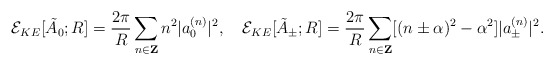
\begin{align*}{\cal E}_{KE}[\tilde{A}_0;R] =\frac{2\pi}{R}\sum_{n \in {\bf Z}}n^2|a_0^{(n)}|^2, \quad{\cal E}_{KE}[\tilde{A}_{\pm};R] =\frac{2\pi}{R}\sum_{n \in {\bf Z}}[(n \pm \alpha)^2-\alpha^2]|a_{\pm}^{(n)}|^2.\end{align*}